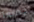
جميعآ